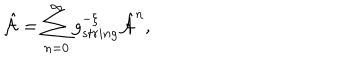
{ \hat { \cal A } } = \sum _ { n = 0 } ^ { \infty } g _ { s t r i n g } ^ { - { \cal \xi } } { \hat { \cal A } } ^ { n } ,